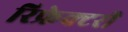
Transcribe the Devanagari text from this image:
रिफ्रेक्टरी